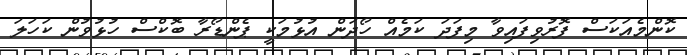
ކޮންމެއަކަސް ފޮރުވިފައިވާ މިފަދަ ކަމެއް ހޯދަން އުޅުމަކީ ޕެންޑޯރާ ބޮކްސް ހުޅުވުން ކަހަލަ